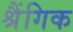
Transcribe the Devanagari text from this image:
श्रैंगिक